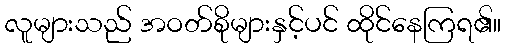
လူများသည် အဝတ်စိုများနှင့်ပင် ထိုင်နေကြရ၏။